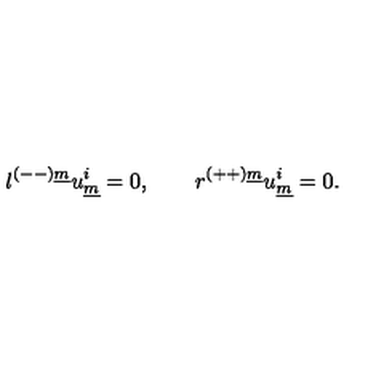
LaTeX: l ^ { ( -- ) \underline { { m } } } u _ { \underline { { m } } } ^ { i } = 0 , \qquad r ^ { ( + + ) \underline { { m } } } u _ { \underline { { m } } } ^ { i } = 0 . \qquad